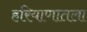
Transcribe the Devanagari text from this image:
हरियाणातला